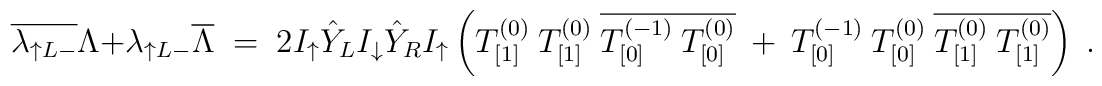
\overline{\lambda_{\uparrow L -}} \: \Lambda +\lambda_{\uparrow L -}\: \overline{\Lambda}\;=\; 2\:I_\uparrow\: \hat{Y}_L\:I_\downarrow\:\hat{Y}_R\: I_\uparrow \:\left( T^{(0)}_{[1]}\:T^{(0)}_{[1]}\:\overline{ T^{(-1)}_{[0]}\: T^{(0)}_{[0]} }\:+\:T^{(-1)}_{[0]}\: T^{(0)}_{[0]}\:\overline{T^{(0)}_{[1]}\:T^{(0)}_{[1]}} \right) \;.